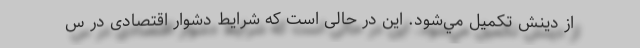
از دينش تكميل مي‌شود. این در حالی است که شرایط دشوار اقتصادی در س